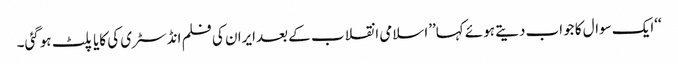
‘‘ایک سوال کا جواب دیتے ہوئے کہا’’اسلامی انقلاب کے بعدایران کی فلم انڈسٹری کی کایا پلٹ ہوگئی۔